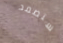
ستصمد